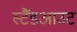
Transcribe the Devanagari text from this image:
स्टैंडआउट